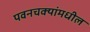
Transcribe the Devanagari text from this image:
पवनचक्यांमधील